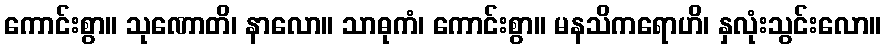
ကောင်းစွာ။ သုဏောတိ၊ နာလော။ သာဓုကံ၊ ကောင်းစွာ။ မနသိကရောဟိ၊ နှလုံးသွင်းလော။